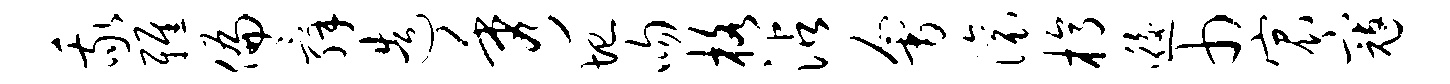
我雅偏舜造秀圮吻格沾会滚槁逅巾宸寇